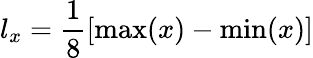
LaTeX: l_{x}=\frac{1}{8}\left[\operatorname*{max}(x)-\operatorname*{min}(x)\right]